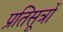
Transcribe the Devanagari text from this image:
प्रतिसूत्रों